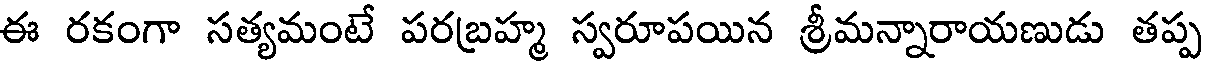
ఈ రకంగా సత్యమంటే పరబ్రహ్మ స్వరూపయిన శ్రీమన్నారాయణుడు తప్పు